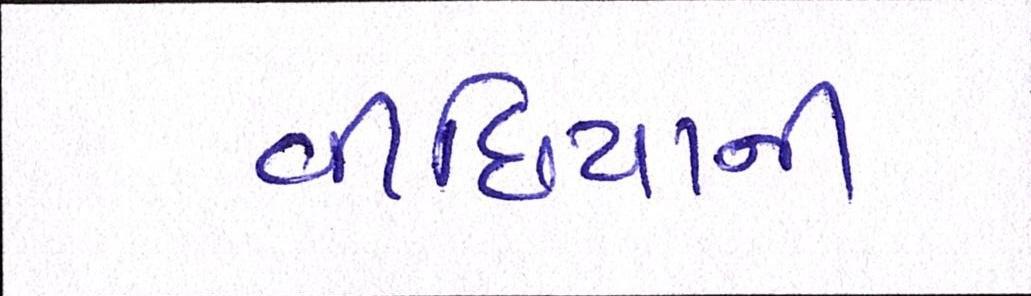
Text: વીંછિયાની